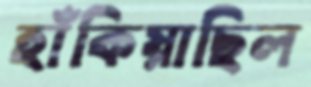
হাঁকিয়াছিল